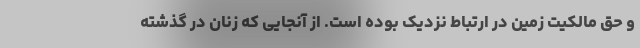
و حق مالکیت زمین در ارتباط نزدیک بوده است. از آنجایی که زنان در گذشته